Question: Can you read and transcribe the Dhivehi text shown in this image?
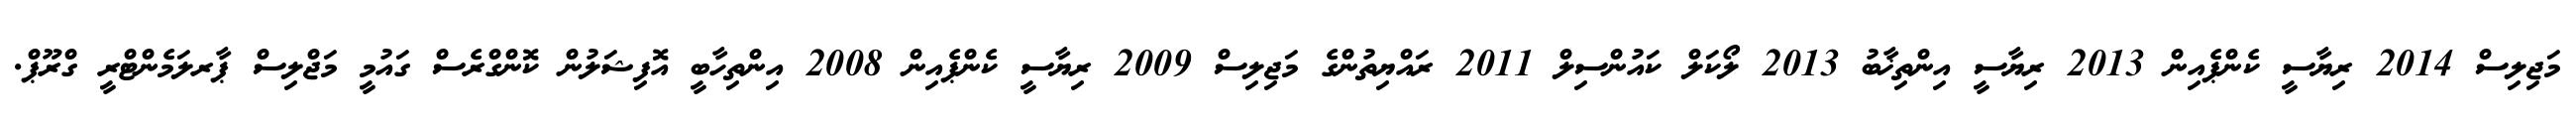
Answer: މަޖިލިސް 2014 ރިޔާސީ ކެންޕެއިން 2013 ރިޔާސީ އިންތިޚާބު 2013 ލޯކަލް ކައުންސިލް 2011 ރައްޔިތުންގެ މަޖިލިސް 2009 ރިޔާސީ ކެންޕެއިން 2008 އިންތިހާބީ އޮފިޝަލުން ކޮންގްރެސް ގައުމީ މަޖްލިސް ޕާރލަމެންޓްރީ ގްރޫޕް.